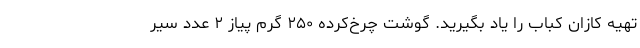
تهیه کازان کباب را یاد بگیرید. گوشت چرخ‌کرده ۲۵۰ گرم پیاز ۲ عدد سیر